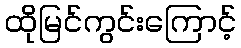
ထိုမြင်ကွင်းကြောင့်